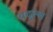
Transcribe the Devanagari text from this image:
बदुल्ल